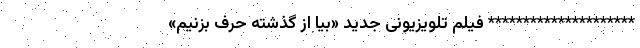
********************* فیلم تلویزیونی جدید «بیا از گذشته حرف بزنیم»